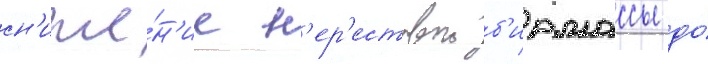
сн'иже́н'ие н'ер'естовои б'иомассы до́